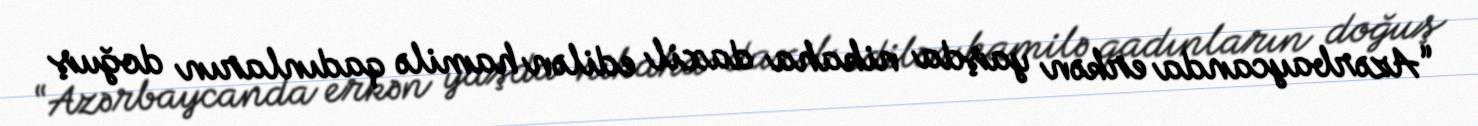
“Azərbaycanda erkən yaşda nikaha daxil edilən hamilə qadınların doğuş